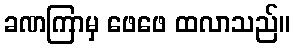
ခဏကြာမှ ဖေဖေ ထလာသည်။